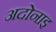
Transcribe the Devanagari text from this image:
अदोनाइ